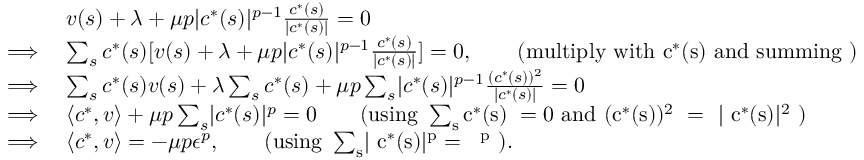
\begin{array} { r l } & { v ( s ) + \lambda + \mu p \lvert c ^ { * } ( s ) \rvert ^ { p - 1 } \frac { c ^ { * } ( s ) } { \lvert c ^ { * } ( s ) \rvert } = 0 } \\ { \implies } & { \sum _ { s } c ^ { * } ( s ) [ v ( s ) + \lambda + \mu p \lvert c ^ { * } ( s ) \rvert ^ { p - 1 } \frac { c ^ { * } ( s ) } { \lvert c ^ { * } ( s ) \rvert } ] = 0 , \qquad \mathrm { ( m u l t i p l y ~ w i t h ~ c ^ * ( s ) ~ a n d ~ s u m m i n g ~ ) } } \\ { \implies } & { \sum _ { s } c ^ { * } ( s ) v ( s ) + \lambda \sum _ { s } c ^ { * } ( s ) + \mu p \sum _ { s } \lvert c ^ { * } ( s ) \rvert ^ { p - 1 } \frac { ( c ^ { * } ( s ) ) ^ { 2 } } { \lvert c ^ { * } ( s ) \rvert } = 0 } \\ { \implies } & { \langle c ^ { * } , v \rangle + \mu p \sum _ { s } \lvert c ^ { * } ( s ) \rvert ^ { p } = 0 \qquad \mathrm { ( u s i n g ~ \sum _ { s } c ^ * ( s ) ~ = 0 ~ a n d ~ ( c ^ * ( s ) ) ^ 2 ~ = ~ \lvert ~ c ^ * ( s ) \rvert ^ 2 ~ ) } } \\ { \implies } & { \langle c ^ { * } , v \rangle = - \mu p \epsilon ^ { p } , \qquad \mathrm { ( u s i n g ~ \sum _ { s } \lvert ~ c ^ * ( s ) \rvert ^ p = ~ \epsilon ^ p ~ ) . } } \end{array}